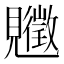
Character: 𧢡